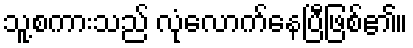
သူ့စကားသည် လုံလောက်နေပြီဖြစ်၏။